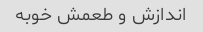
اندازش و طعمش خوبه